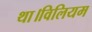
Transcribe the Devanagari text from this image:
था।विलियम